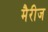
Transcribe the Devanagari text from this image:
मैरीज